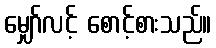
မျှော်လင့် စောင့်စားသည်။